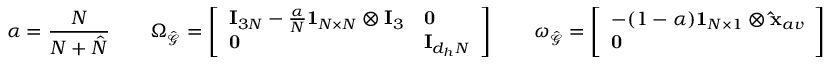
\alpha = \frac { N } { N + \hat { N } } \quad \quad \Omega _ { \hat { \mathcal { G } } } = \left[ \begin{array} { l l } { \mathbf { I } _ { 3 N } - \frac { \alpha } { N } \mathbf { 1 } _ { N \times N } \otimes \mathbf { I } _ { 3 } } & { \mathbf { 0 } } \\ { \mathbf { 0 } } & { \mathbf { I } _ { d _ { h } N } } \end{array} \right] \quad \quad \omega _ { \hat { \mathcal { G } } } = \left[ \begin{array} { l } { - ( 1 - \alpha ) \mathbf { 1 } _ { N \times 1 } \otimes \mathbf { \hat { x } } _ { a v } } \\ { \mathbf { 0 } } \end{array} \right]